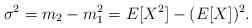
LaTeX: \begin{align*} \sigma^2 = m_2 - m_1^2 = E[X^2] - (E[X])^2 . \end{align*}